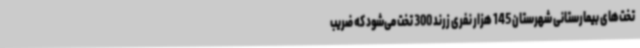
تخت‌های بیمارستانی شهرستان 145 هزار نفری زرند 300 تخت می‌شود که ضریب